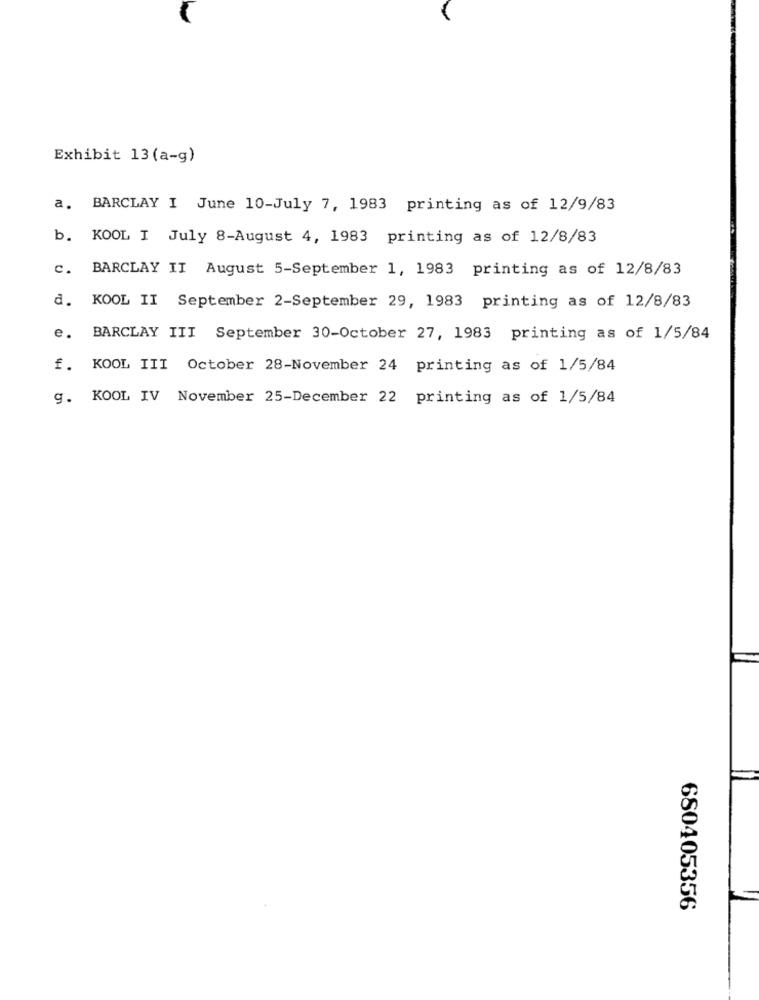
Exhibit 13 (a-g)
a. BARCLAY I June 10-July 7, 1983 printing as of 12/9/83
b. KOOL I July 8-August 4, 1983 printing as of 12/8/83
c. BARCLAY II August 5-September 1, 1983 printing as of 12/8/83
d. KOOL II September 2-September 29, 1983 printing as of 12/8/83
e.
BARCLAY III September 30-October 27, 1983 printing as of 1/5/84
f. KOOL III October 28-November 24 printing as of 1/5/84
g. KOOL IV November 25-December 22 printing as of 1/5/84
680405356